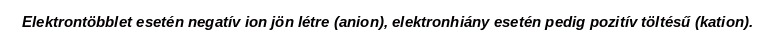
Elektrontöbblet esetén negatív ion jön létre (anion), elektronhiány esetén pedig pozitív töltésű (kation).